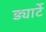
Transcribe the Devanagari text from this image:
ड्यार्टे